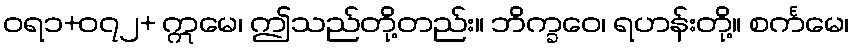
ဝရ၁+၀၇၂+ ဣမေ၊ ဤသည်တို့တည်း။ ဘိက္ခဝေ၊ ရဟန်းတို့။ စင်္ကမေ၊